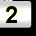
Digit: 2